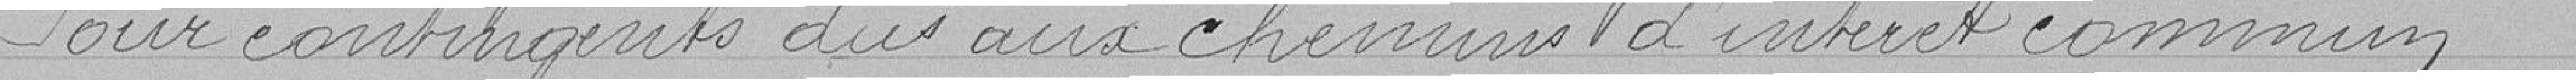
Pour contingents dus aux chemins d'intérêt commun